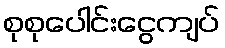
စုစုပေါင်းငွေကျပ်